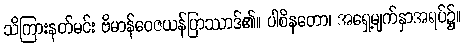
သိကြားနတ်မင်း ဗိမာန်ဝေဇယန်ပြာဿာဒ်၏။ ပါစိနတော၊ အရှေ့မျက်နှာအရပ်၌။